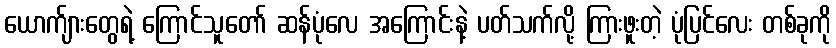
ယောက်ျားတွေရဲ့ ကြောင်သူတော် ဆန်ပုံလေ အကြောင်းနဲ့ ပတ်သက်လို့ ကြားဖူးတဲ့ ပုံပြင်လေး တစ်ခုကို